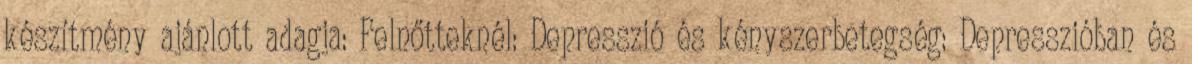
készítmény ajánlott adagja: Felnőtteknél: Depresszió és kényszerbetegség: Depresszióban és